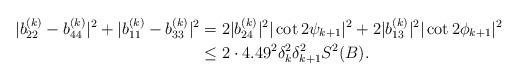
LaTeX: \begin{align*}|b_{22}^{(k)}-b_{44}^{(k)}|^{2}+|b_{11}^{(k)}-b_{33}^{(k)}|^{2} & = 2|b_{24}^{(k)}|^{2}|\cot2\psi_{k+1}|^{2}+2|b_{13}^{(k)}|^{2}|\cot2\phi_{k+1}|^{2} \\& \leq2\cdot4.49^{2}\delta_{k}^{2}\delta_{k+1}^{2}S^{2}(B). \end{align*}